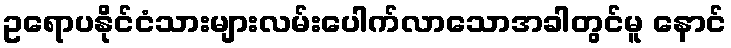
ဥရောပနိုင်ငံသားများလမ်းပေါက်လာသောအခါတွင်မူ နောင်